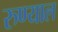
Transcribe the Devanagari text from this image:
रुण्याल